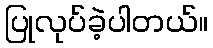
ပြုလုပ်ခဲ့ပါတယ်။